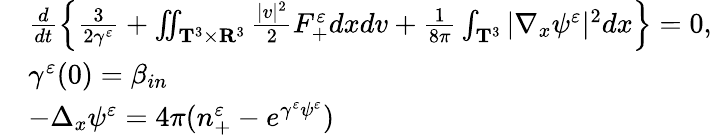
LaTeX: \begin{array}{rl}&{\frac{d}{dt}\left\{ \frac{3}{2\gamma^{\varepsilon}}+\iint_{\mathbf T^{3}\times\mathbf R^{3}}\frac{|v|^{2}}{2}F_{+}^{\varepsilon}dxdv+\frac{1}{8\pi}\int_{\mathbf T^{3}}|\nabla_{x}\psi^{\varepsilon}|^{2}dx\right\} =0,}\\ &{\gamma^{\varepsilon}(0)=\beta_{in}}\\ &{-\Delta_{x}\psi^{\varepsilon}=4\pi(n_{+}^{\varepsilon}-e^{\gamma^{\varepsilon}\psi^{\varepsilon}})}\end{array}